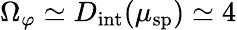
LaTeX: \Omega_{\varphi}\simeq D_{\mathrm{int}}(\mu_{\mathrm{sp}})\simeq 4